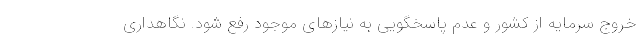
خروج سرمایه از کشور و عدم پاسخگویی به نیازهای موجود رفع شود. نگاهداری